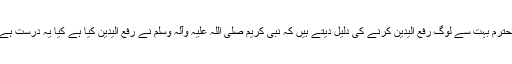
محترم بہت سے لوگ رفع الیدین کرنے کی دلیل دیتے ہیں کہ نبی کریم صلی اللہ علیہ وآلہ وسلم نے رفع الیدین کیا ہے کیا یہ درست ہے؟